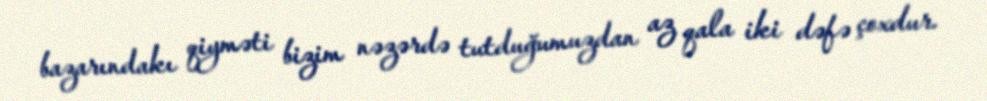
bazarındakı qiyməti bizim nəzərdə tutduğumuzdan az qala iki dəfə çoxdur.